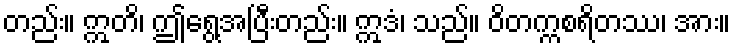
တည်း။ ဣတိ၊ ဤရွေ့အပြီးတည်း။ ဣဒံ၊ သည်။ ဝိတက္ကစရိတဿ၊ အား။